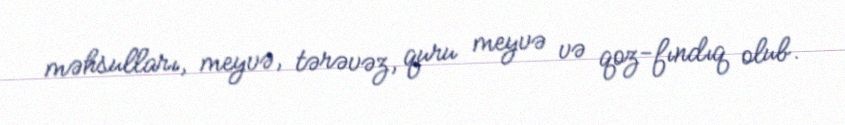
məhsulları, meyvə, tərəvəz, quru meyvə və qoz-fındıq olub.